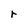
Character: r